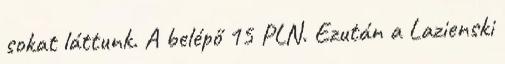
sokat láttunk. A belépő 15 PLN. Ezután a Lazienski